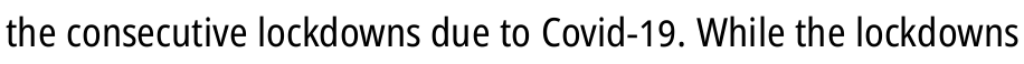
the consecutive lockdowns due to Covid-19. While the lockdowns